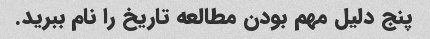
پنج دلیل مهم بودن مطالعه تاریخ را نام ببرید.